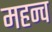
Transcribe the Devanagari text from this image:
महन्व